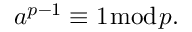
a ^ { p - 1 } \equiv 1 { \bmod { p } } .